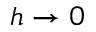
h \rightarrow 0